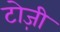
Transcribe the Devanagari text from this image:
टोज़ी